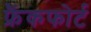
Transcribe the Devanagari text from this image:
फ्रैंकफोर्ट